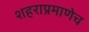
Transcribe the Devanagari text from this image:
शहराप्रमाणेच